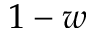
1 - w